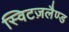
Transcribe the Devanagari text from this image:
स्विटज़लैण्ड